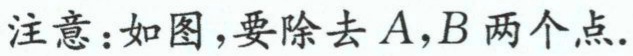
注意：如图，要除去\(A,B\)两个点.